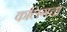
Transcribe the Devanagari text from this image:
कलिंगचा